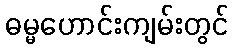
ဓမ္မဟောင်းကျမ်းတွင်